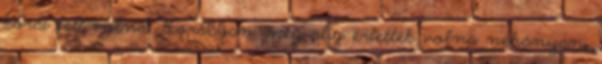
korai lett volna. Korábban még alig ér­tet­ték vol­na néhányan,